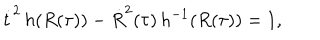
\dot { t } ^ { 2 } \, h ( R ( \tau ) ) - \dot { R } ^ { 2 } ( \tau ) \, h ^ { - 1 } ( R ( \tau ) ) = 1 ,